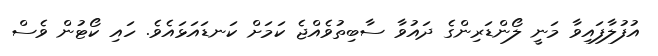
އުފުލާފައިވާ މަނީ ލޯންޑަރިންގެ ދައުވާ ސާބިތުވެއްޖެ ކަމަށް ކަނޑައަޅައެވެ. ހައި ކޯޓުން ވެސް